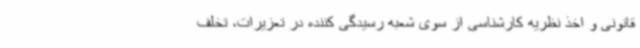
قانونی و اخذ نظریه کارشناسی از سوی شعبه رسیدگی کننده در تعزیرات، تخلف